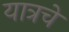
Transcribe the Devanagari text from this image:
यात्रचे